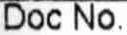
DOC NO.